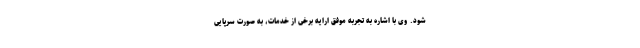
شود. وی با اشاره به تجربه موفق ارایه برخی از خدمات، به صورت سرپایی